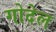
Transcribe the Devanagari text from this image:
गोदेल